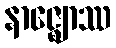
နာဇ္ဈောဿ